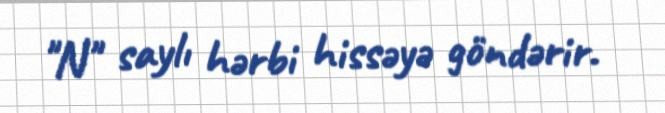
"N" saylı hərbi hissəyə göndərir.